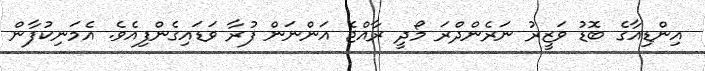
އިންޑިއާގެ ބޮޑު ވަޒީރު ނަރެންދްރަ މޯދީ ރާއްޖެ އަންނަން ފުރާ ވަޑައިގެންފިއެވެ. އެމަނިކުފާން